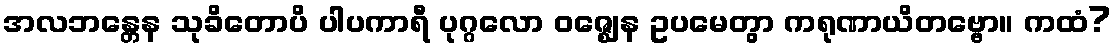
အလဘန္တေန သုခိတောပိ ပါပကာရီ ပုဂ္ဂလော ဝဇ္ဈေန ဥပမေတွာ ကရုဏာယိတဗ္ဗော။ ကထံ?